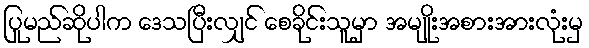
ပြုမည်ဆိုပါက ဒေသပြီးလျှင် စေခိုင်းသူမှာ အမျိုးအစားအားလုံးမှ